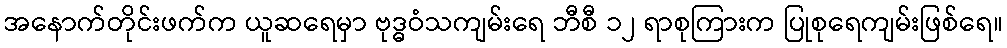
အနောက်တိုင်းဖက်က ယူဆရေမှာ ဗုဒ္ဓဝံသကျမ်းရေ ဘီစီ ၁၂ ရာစုကြားက ပြုစုရေကျမ်းဖြစ်ရေ။